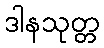
ဒါနသုတ္တ